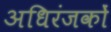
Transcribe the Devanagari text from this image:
अधिरंजकों